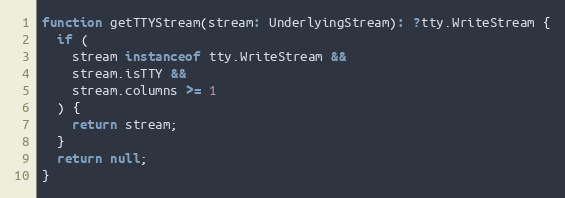
Language: JavaScript
function getTTYStream(stream: UnderlyingStream): ?tty.WriteStream {
  if (
    stream instanceof tty.WriteStream &&
    stream.isTTY &&
    stream.columns >= 1
  ) {
    return stream;
  }
  return null;
}